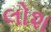
લોશ